Annual administration report of the Civil Veterinary Department of India - 1906-1907
Year: 1906
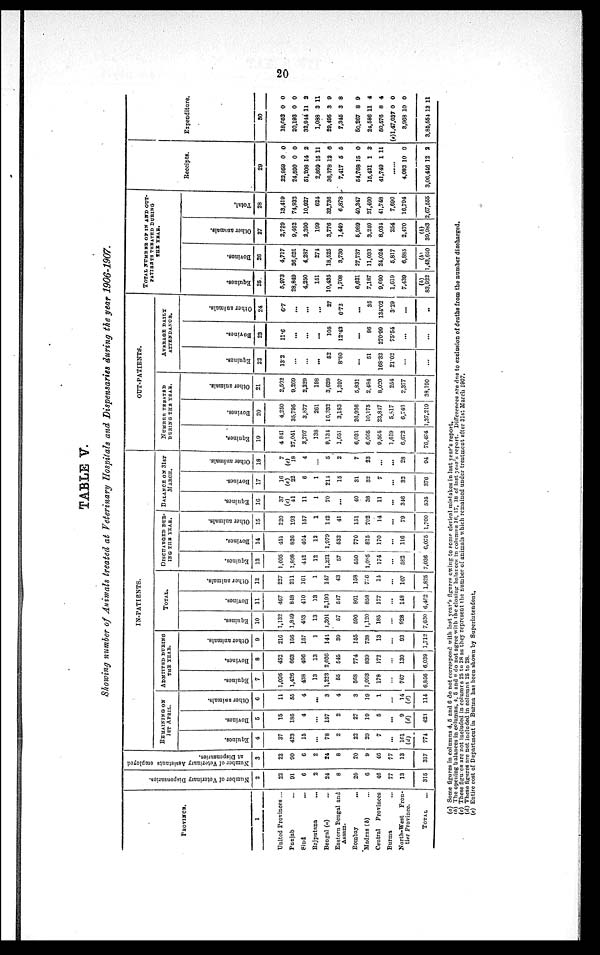
20
TABLE V.
Showing number of Animals treated at Veterinary Hospitals and Dispensaries during the year 1906-1907.
PROVINCE .
1
United Provinces ...
Punjab ...
Sind ...
Rejputana
...
Bengal (a) ...
Eastern Bengal and
Assam.
Bombay ...
Madras (b) ...
Central
Provinces
Burma ...
North-West
Fron-
tier Province.
TOTAL ...
Number of Veterinary Dispensaries.
2
22
91
6
2
24
8
20
6
46
77
13
315
Number of Veterinary Assistants employed
at Dispensaries.
3
22
90
6
2
24
8
20
9
46
77
13
317
IN-PATIENTS.
REMAINING
ON
1ST APRIL.
Equines.
4
37
423
15
...
78
2
22
29
7
...
161
(d)
771
Bovines.
5
15
185
4
...
157
2
27
19
5
...
9
(d)
423
Other animals.
6
11
55
4
...
3
4
3
19
1
...
14
(d)
114
ADMITTED DURING
THE YEAR.
Equines.
7
1,095
1,426
438
13
1,223
55
568
1,093
178
...
767
6,856
Bovines.
8
452
663
406
13
2,036
545
774
839
172
...
139
6,039
Other animals.
9
216
156
157
1
141
39
155
738
13
...
93
1,712
TOTAL.
Equines.
10
1,132
1,849
453
13
1,301
57
590
1,120
185
...
928
7,630
Bovines.
11
467
848
410
13
2,193
547
801
858
177
...
148
6,462
Other animals.
12
227
211
161
1
147
43
158
756
14
...
107
1,825
DISCHARGED DUR-
ING THE YEAR.
Equines.
13
1,095
1,808
442
12
1,231
57
550
1,085
174
...
582
7,036
Bovines.
14
451
826
404
12
1,979
532
770
815
170
...
116
6,075
Other animals.
15
220
193
157
1
142
41
151
702
14
...
79
1,700
BALANCE ON 31ST
MARCH.
Equines.
16
37
(c)
41
11
1
70
...
40
38
11
...
346
595
Bovines.
17
16
(c)
22
6
1
214
15
31
32
7
...
32
376
Other animals.
18
7
(c)
18
4
...
5
2
7
23
...
...
28
94
OUT-PATIENTS
NUMBER TREATED
DURING THE YEAR.
Equines.
19
4 841
27,041
3,797
138
9,134
1,651
6,031
6,065
9,505
1,619
6,672
76,494
Bovines.
20
4,250
35,795
3,877
261
16,332
3,183
26,936
10,175
23,817
5,817
6,746
1,37,219
Other animals.
21
2,502
9,269
2,229
198
3,629
1,397
5,831
2,484
8,020
254
2,377
38,190
AVERAGE DAILY
ATTENDANCE.
Equines.
22
13.2
...
...
...
52
8.80
...
51
168.32
21.02
...
...
Bovines.
23
11.6
...
...
...
105
12.43
...
86
270.99
75.54
...
...
Other animals.
24
6.7
...
...
...
27
6.72
...
35
134.02
3.29
...
..
TOTAL NUMBER OF IN AND OUT-
PATIENTS TREATED DURING
THE
YEAR.
Equines.
25
5,973
28,849
4,250
151
10,435
1,708
6,621
7,187
9,690
1,619
7,439
(b)
83,922
Bovines.
26
4,717
36,621
4,287
274
18,525
3,730
27,737
11,033
24,024
5,817
6,885
(b)
1,43,650
Other animals.
27
2,729
9,462
2,390
199
3,776
1,449
5,989
3,240
8,034
254
2,470
(b)
39,983
Total.
28
13,419
74,932
10,927
624
32,736
6,878
40,347
21,460
41,748
7,690
16,794
2,67,555
Receipts.
29
22,959
24,590
51,208
2,869
36,378
7,417
54,768
15,421
41,749
......
4,083
3,06,446
0
0
14
15
12
5
15
1
1
10
12
0
0
2
11
6
5
0
3
11
0
2
Expenditure.
30
18,053
20,193
32,944
1,088
29,495
7,345
50,267
24,586
50,576
(e)1,47,037
3,968
3,85,554
0
0
11
3
3
3
8
11
8
0
10
12
0
0
2
11
9
8
9
4
4
0
0
11
(a) Some figures in columns 4, 5 and 6 do not correspond with last year's figures owing to some clerical mistakes in last year's report.
(b) The opening balances in columns, 4, 5 and 6 do not agree with the closing balances in columns 16, 17, 18 of last year's report. Differences are due to exclusion of deaths from the number discharged.
(c) These figures are not included in columns 25 to 28 as they represent the number of animals which remained under treatment after 31st March 1907.
(d) These figures are not included in columns 25 to 28.
(e) Entire cost of Department in Burma has been shown by Superintendent.